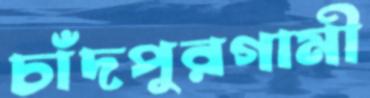
চাঁদপুরগামী